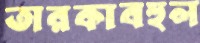
তারকাবহুল